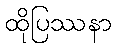
ထိုပြဿနာ